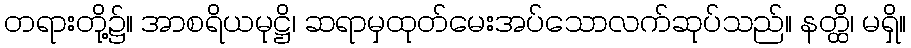
တရားတို့၌။ အာစရိယမုဋ္ဌိ၊ ဆရာမှထုတ်မေးအပ်သောလက်ဆုပ်သည်။ နတ္ထိ၊ မရှိ။